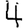
Digit: 4